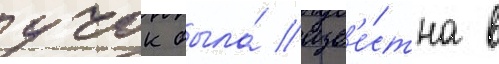
учок была́ изв'е́стна в